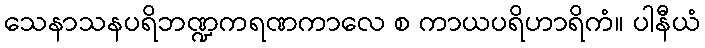
သေနာသနပရိဘဏ္ဍကရဏကာလေ စ ကာယပရိဟာရိကံ။ ပါနီယံ